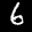
Label: 6